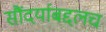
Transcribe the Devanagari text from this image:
सौंदर्याबद्दलच